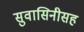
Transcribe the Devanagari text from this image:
सुवासिनीसह